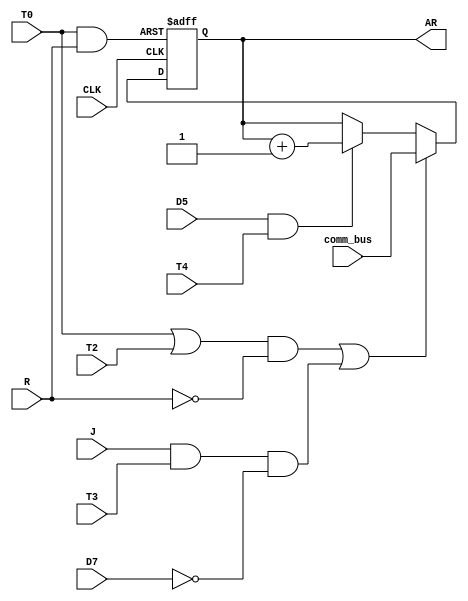
`timescale 1ns / 1ps
//////////////////////////////////////////////////////////////////////////////////
// Company: 
// Engineer: 
// 
// Design Name: 
// Module Name: AR
// Project Name: 
// Target Devices: 
// Tool Versions: 
// Description: 
// 
// Dependencies: 
// 
// Revision:
// Revision 0.01 - File Created
// Additional Comments:
// 
//////////////////////////////////////////////////////////////////////////////////


module AR(
input D5 ,
input D7 ,
input T0 ,
input T2 ,
input T3,
input T4 ,
input J ,
input R ,
input CLK,
input [2:0] comm_bus,
output reg [2:0]AR
);
 

wire Load  ;
wire INR   ;
wire Clear ;

 assign INR =(D5&T4);
 assign Load  = ~( ((T0 |  T2  ) & ~R)| ( J & T3 & ~D7 ) );
 assign Clear =~(T0&R);
 
 initial begin 
 AR = 3'b000 ;
 end 

 always @(posedge CLK or negedge Clear )
 begin
     if (Clear ==0)
     begin
      AR <= 3'h0;
    end
 else if (Load == 0 )
    begin
 AR <= comm_bus;
   end
 else if (INR == 1 )
         begin
 AR <= AR + 1;
       
      end
end
 
endmodule